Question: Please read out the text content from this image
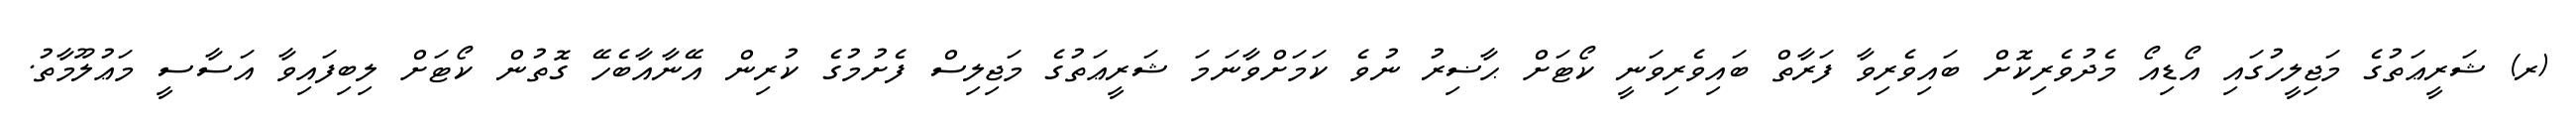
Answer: (ރ) ޝަރީޢަތުގެ މަޖިލީހުގައި އޯޑިއޯ މެދުވެރިކޮށް ބައިވެރިވާ ފަރާތް ބައިވެރިވަނީ ކޯޓަށް ޙާޟިރު ނުވެ ކަމަށްވާނަމަ ޝަރީޢަތުގެ މަޖިލިސް ފެށުމުގެ ކުރިން އޭނާއާބެހޭ ގޮތުން ކޯޓަށް ލިބިފައިވާ އަސާސީ މަޢުލޫމާތު.